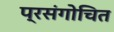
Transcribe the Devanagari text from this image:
प्रसंगोचित